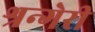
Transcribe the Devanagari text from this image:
श्रन्गेरी